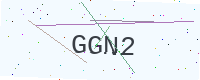
Text: GGN2